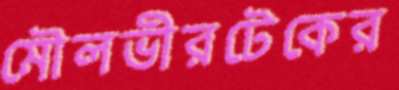
মৌলভীরটেকের